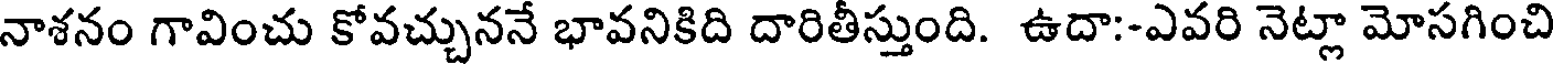
నాశనం గావించు కోవచ్చుననే భావనికిది దారితీస్తుంది. ఉదా:-ఎవరి నెట్లా మోసగించి